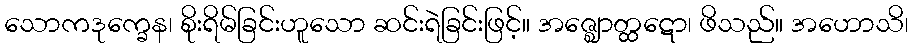
သောကဒုက္ခေန၊ စိုးရိမ်ခြင်းဟူသော ဆင်းရဲခြင်းဖြင့်။ အဇ္ဈောတ္ထဋော၊ ဖိသည်။ အဟောသိ၊